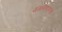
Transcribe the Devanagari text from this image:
मंगलाष्टकांचे